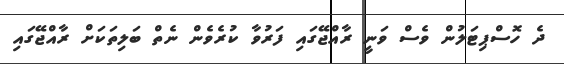
ދެ ހޮސްޕިޓަލުން ވެސް ވަނީ ރާއްޖޭގައި ފަރުވާ ކުރެވެން ނެތް ބަލިތަކަށް ރާއްޖޭގައި